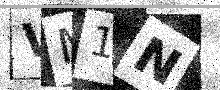
Text: VM1N